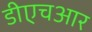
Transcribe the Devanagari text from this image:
डीएचआर